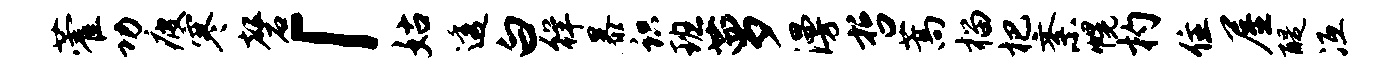
藿功疲寒磬「姑透白徉暴识班萝漫哲蒿榴杷紊幌杓住屋醍冱